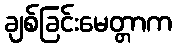
ချစ်ခြင်းမေတ္တာက